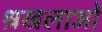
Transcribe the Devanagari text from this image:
श्रखलाओं